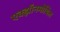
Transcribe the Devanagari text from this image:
एक्झॉनमोबिल